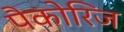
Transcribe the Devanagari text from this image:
पैकोरिज